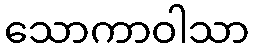
သောကာဝါသာ